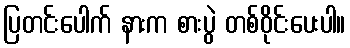
ပြတင်းပေါက် နားက စားပွဲ တစ်ဝိုင်းပေးပါ။